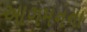
આગમનના